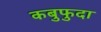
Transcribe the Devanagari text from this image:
कबुफुदा